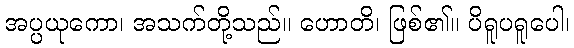
အပ္ပယုကော၊ အသက်တို့သည်။ ဟောတိ၊ ဖြစ်၏။ ပိရူပရူပေါ၊